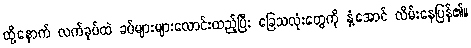
ထို့နောက် လက်ခုပ်ထဲ ခပ်များများလောင်းထည့်ပြီး ခြေသလုံးတွေကို နှံ့အောင် လိမ်းနေပြန်၏။